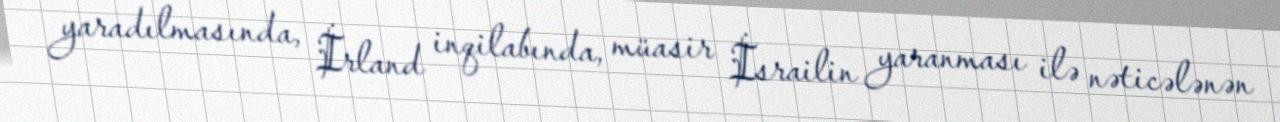
yaradılmasında, İrland inqilabında, müasir İsrailin yaranması ilə nəticələnən